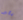
يكبر